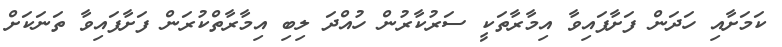
ކަމަށާއި ހަދަން ފަށާފައިވާ އިމާރާތަކީ ސަރުކާރުން ހުއްދަ ލިބި އިމާރާތްކުރަން ފަށާފައިވާ ތަނަކަށް